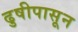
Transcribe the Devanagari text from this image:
ढुषीपासून